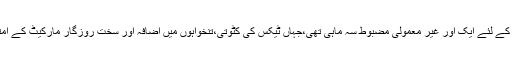
آئی این جی میں ترقی یافتہ مارکیٹوں کے ماہر اقتصادیات جیمز اسمتھ نے کہا کہ یہ امریکی صارفین کے لئے ایک اور غیر معمولی مضبوط سہ ماہی تھی،جہاں ٹیکس کی کٹوتی،تنخواہوں میں اضافہ اور سخت روزگار مارکیٹ کے امتزاج نے دیکھا کہ مجموعی اقتصادی ترقی کے اعداد وشمار کیلئے اخراجات نے 2.7 فیصد حصہ لیا۔